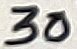
Text: 30